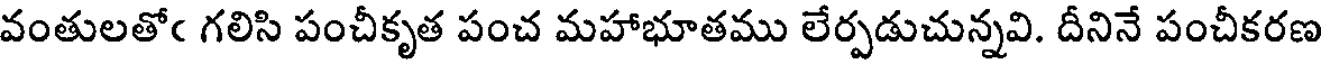
వంతులతోఁ గలిసి పంచీకృత పంచ మహాభూతము లేర్పడుచున్నవి. దీనినే పంచీకరణ